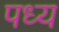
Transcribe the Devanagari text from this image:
पध्य